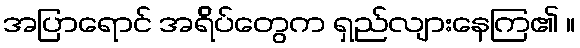
အပြာရောင် အရ်ိပ်တွေက ရှည်လျားနေကြ၏ ။